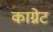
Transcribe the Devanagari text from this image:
काग्नेट